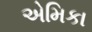
એમિકા